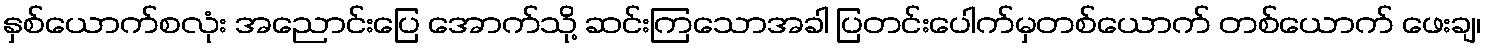
နှစ်ယောက်စလုံး အညောင်းပြေ အောက်သို့ ဆင်းကြသောအခါ ပြတင်းပေါက်မှတစ်ယောက် တစ်ယောက် ဖေးချ၊